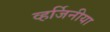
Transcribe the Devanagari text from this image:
व्हर्जिनीया